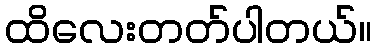
ထိလေးတတ်ပါတယ်။